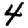
Digit: 4